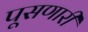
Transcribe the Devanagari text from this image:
पूसणारी